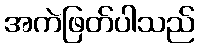
အကဲဖြတ်ပါသည်